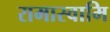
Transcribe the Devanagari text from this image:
रामास्वामि